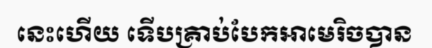
នេះហើយ ទើបគ្រាប់បែកអាមេរិចបាន